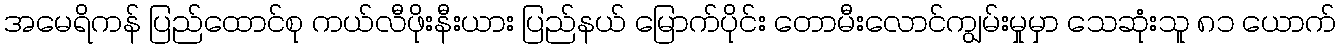
အမေရိကန် ပြည်ထောင်စု ကယ်လီဖိုးနီးယား ပြည်နယ် မြောက်ပိုင်း တောမီးလောင်ကျွမ်းမှုမှာ သေဆုံးသူ ၈၁ ယောက်